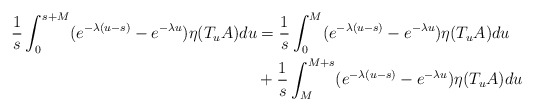
\begin{align*}\frac{1}{s} \int_0^{s+M} ( e^{-\lambda (u-s)} - e^{- \lambda u}) \eta (T_uA)du & = \frac{1}{s} \int_0^M ( e^{-\lambda (u-s)} - e^{- \lambda u}) \eta (T_uA)du\\ & + \frac{1}{s} \int_M^{M+s} ( e^{-\lambda (u-s)} - e^{- \lambda u}) \eta (T_uA)du\end{align*}